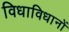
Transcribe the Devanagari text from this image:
विधाविधानों